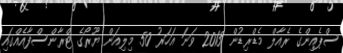
ސްޕެއިންގެ ރެއާލް މެޑްރިޑުން 2013 ވަނަ އަހަރު 50 މިލިއަން ޔޫރޯގެ ޓްރާންސްފާއެއްގައި